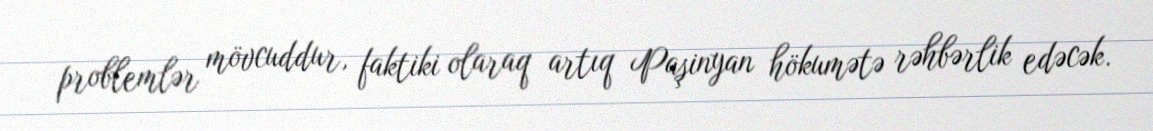
problemlər mövcuddur, faktiki olaraq artıq Paşinyan hökumətə rəhbərlik edəcək.